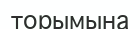
торымына